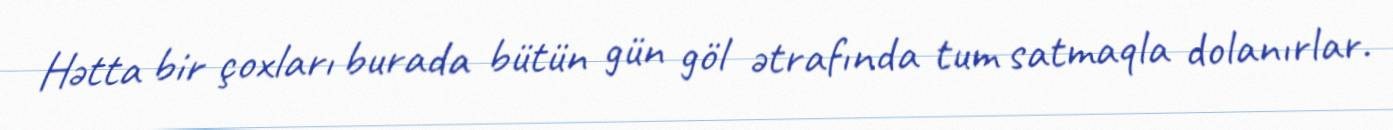
Hətta bir çoxları burada bütün gün göl ətrafında tum satmaqla dolanırlar.